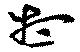
想